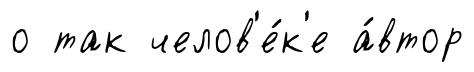
о так челов'е́к'е а́втор